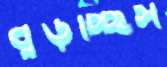
বুড়চ্ছিস